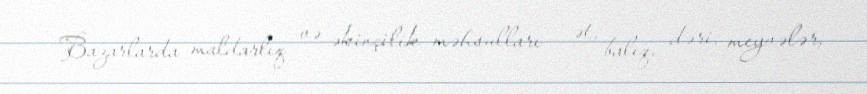
Bazarlarda maldarlıq və əkinçilik məhsulları – ət, balıq, dəri, meyvələr,